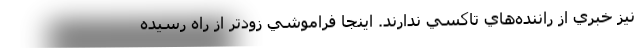
نيز خبري از راننده‌هاي تاكسي ندارند. اينجا فراموشي زودتر از راه رسيده